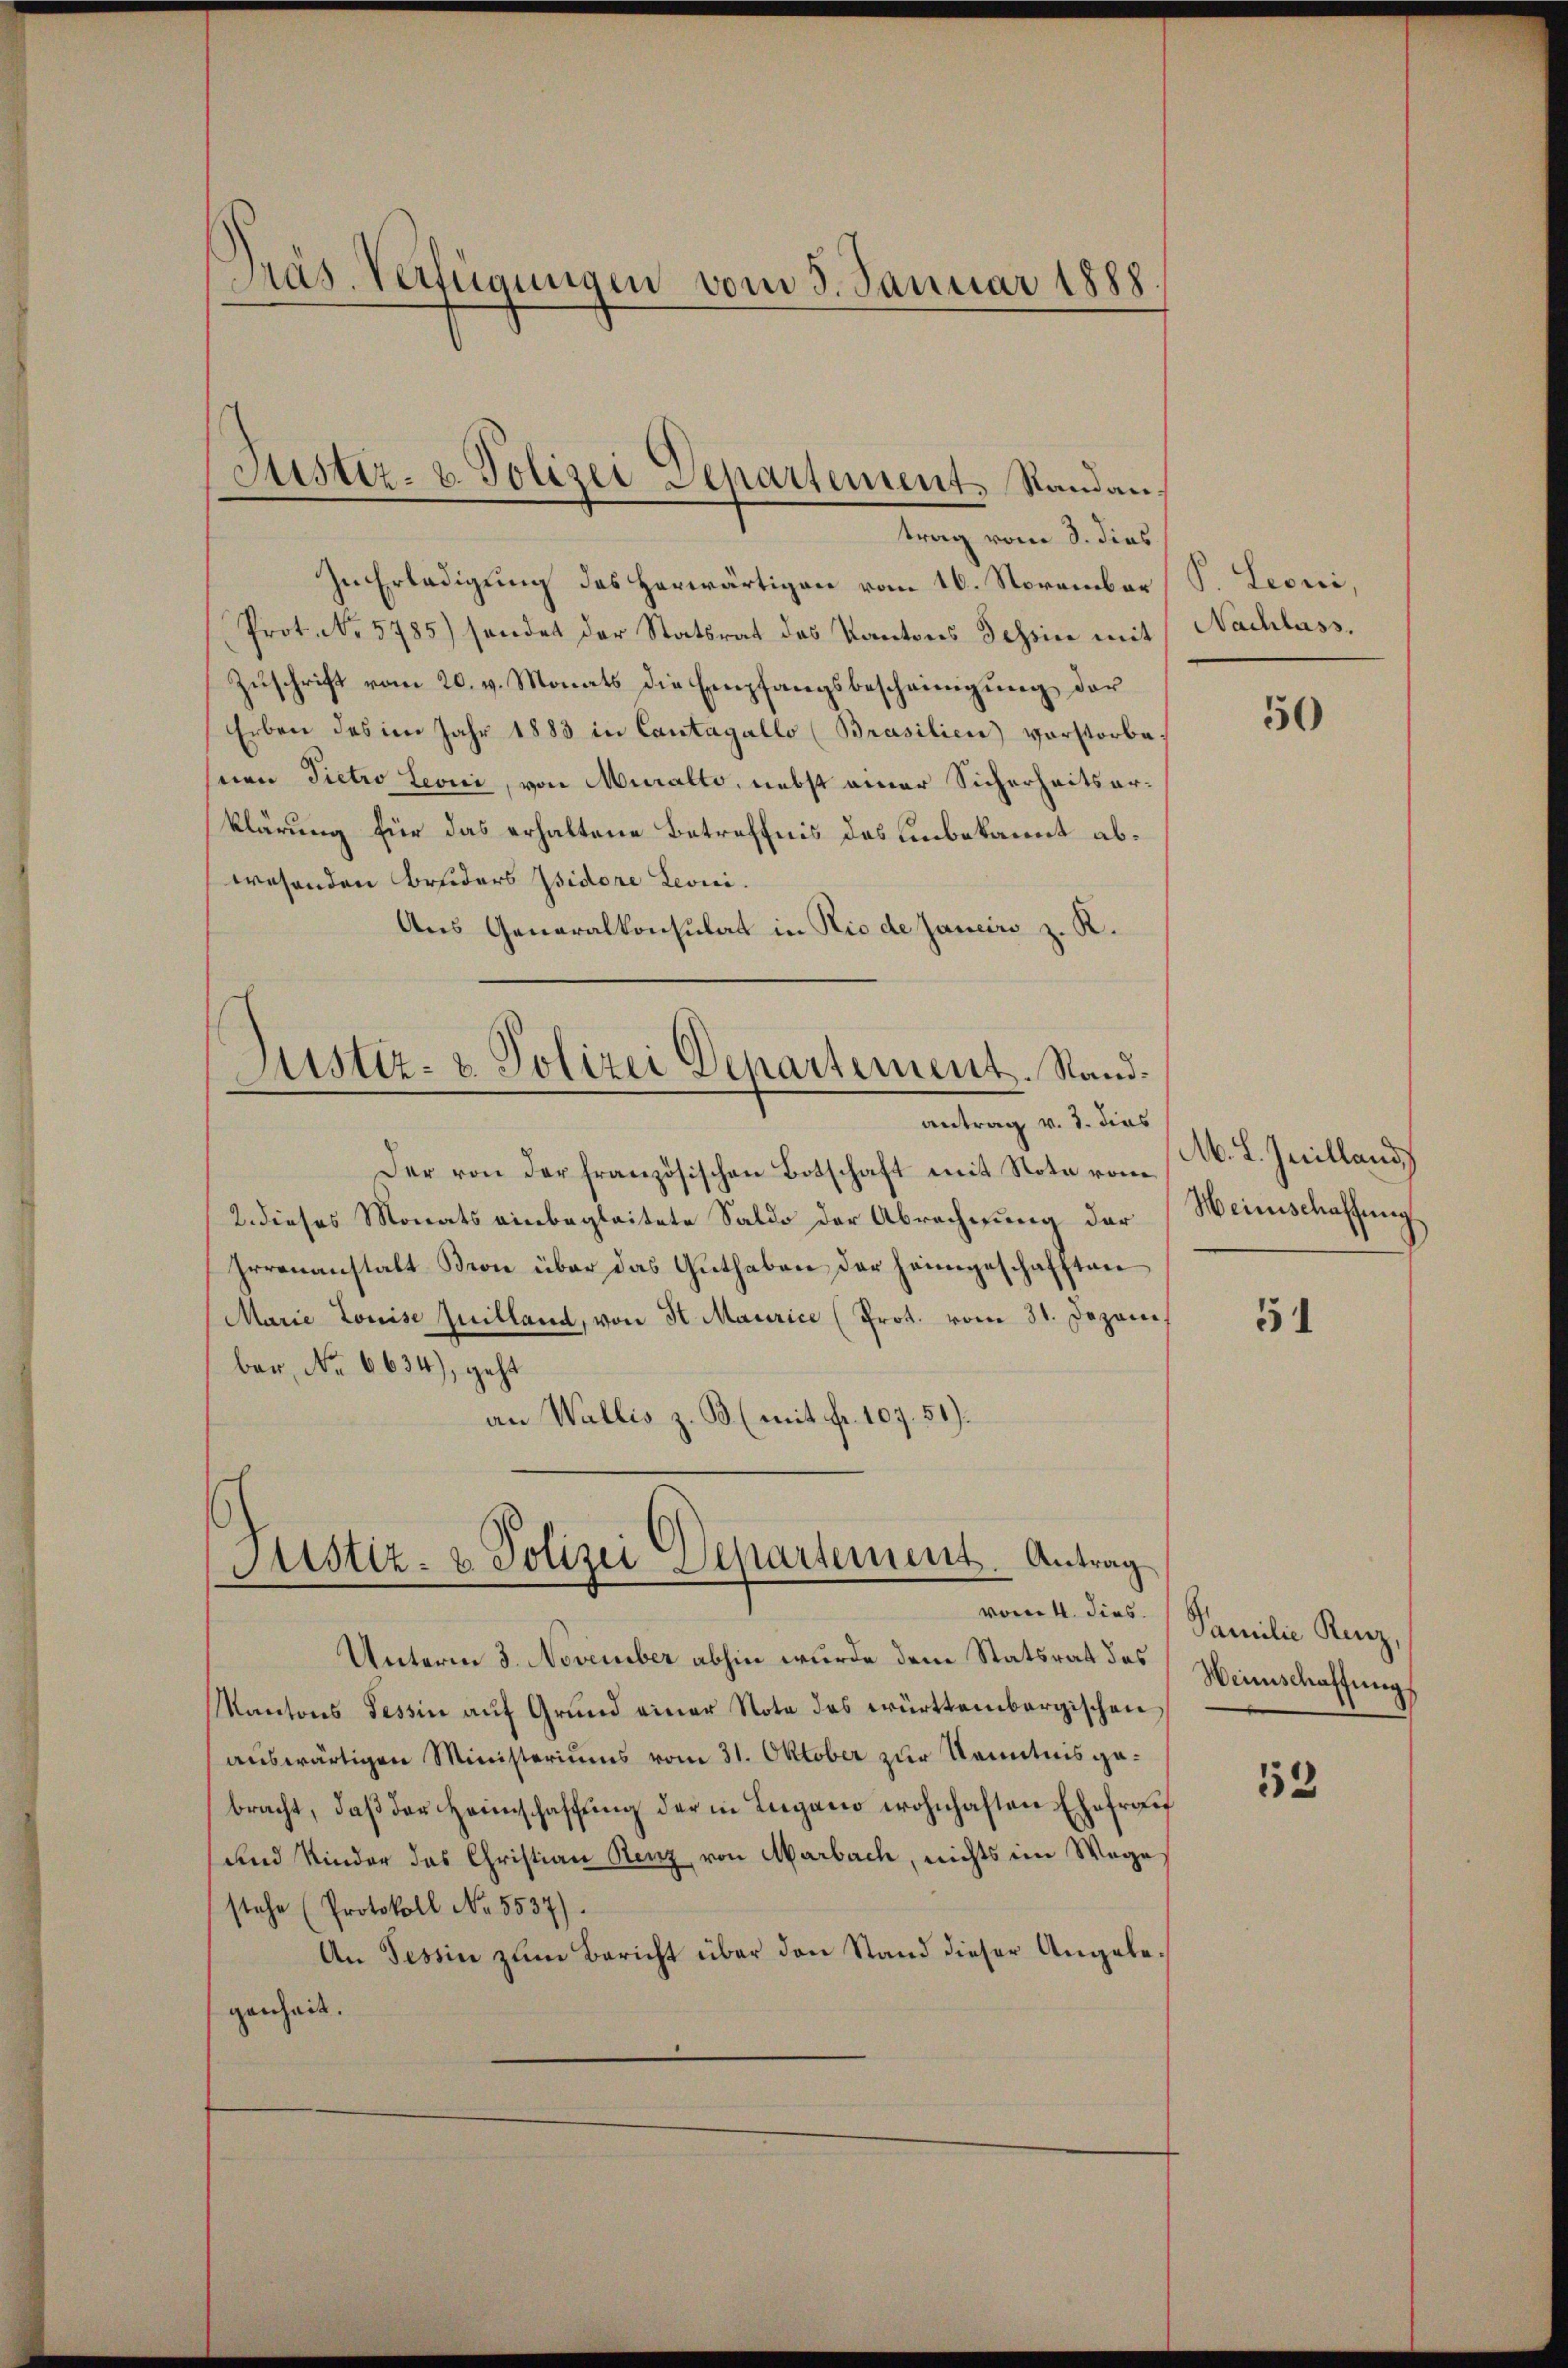
Pras-Verfügungen vom 5. Januar 1888.

In Erledigung des herwärtigen vom 16. November (S. Leoni,
Prot. No 5785) sendet der Statsrat des Kantons Schein mit
Zuschrift vom 20. v. Monats die Empfangsbescheinigung der
Erben des im Jahr 1883 in Cantagallo (Brasilien vorstorbe
nen Pietro Leoni, von Muralto, nebst einer Sicherheitsarklärung für das erhaltene Betreffnis des unbekannt abwesenden Bruders Isidore Leoni.
Aus Generalkonsulat in Rio de Janeiro z. R.
Justiz- & Polizei Departement. Stand¬

Justiz- u. Polizei Departement, Randan
trag vom 3. dies

antrag v. 3. dies

Justiz- & Polizei-Departement. Antrag

Der von der französischen Botschaft mit Note vom
2. dieses Monats einbegleitete Saldo der Abrechnung der
Irrenanstalt Kron über das Guthaben der heimgeschafften
Marie Louise quilland, von St. Maurice (Prot. vom 31. Dezem.
ber, No 6634), geht
an Wallis z. B. (mit Fr. 107. 51).

Unterm 3. November abhin wurde dem Statsrat des Weinschaffung
Kantons Tessin auf Grund einer Note des württembergischen,
auswärtigen Ministeriums vom 31. Oktober zur Kenntnis gebracht, daß der Heimschaffung der in Lugano wohnhaften Ehefrau
und Kinder das Christian Renz, von Marbach, nichts im Wage
stehe (Protokoll No 5537).
An Tessin zum Bericht über den Stand dieser Angebegenheit.

Nachlass.

50

M. L. Juilland
Heinschaffung

51

vom 4. dies. (Samilie Renz,

53